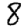
Digit: 8